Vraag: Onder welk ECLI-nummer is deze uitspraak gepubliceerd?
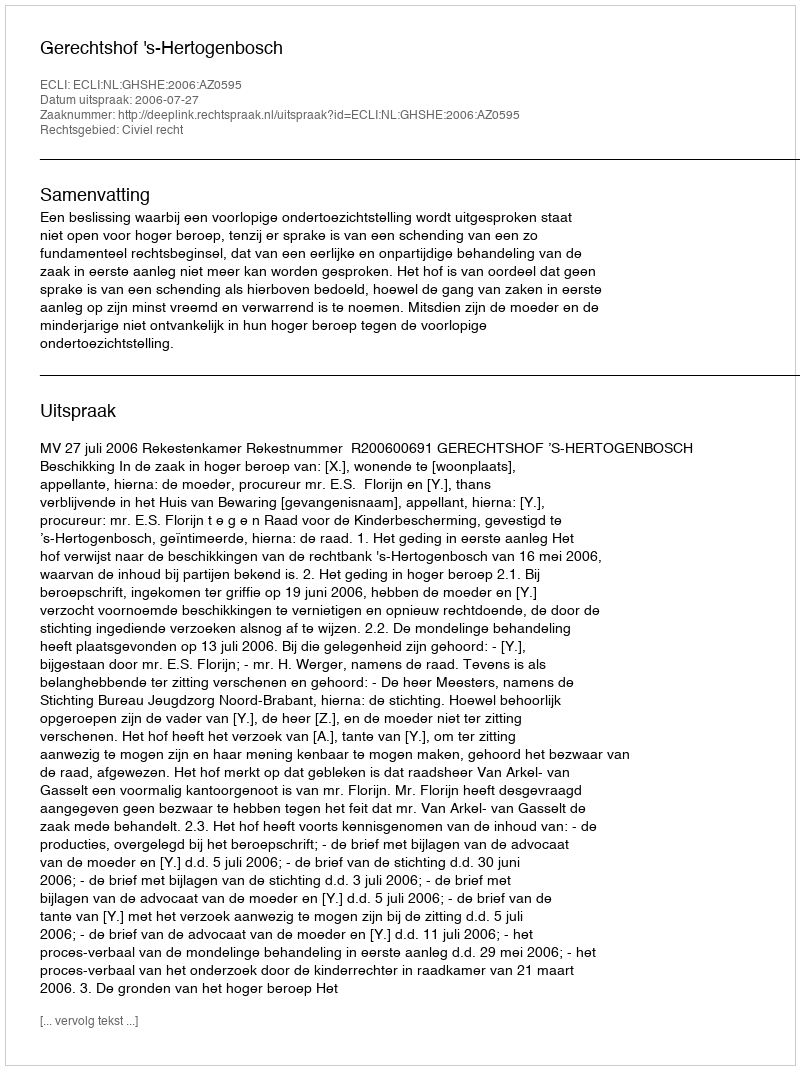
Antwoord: ECLI:NL:GHSHE:2006:AZ0595